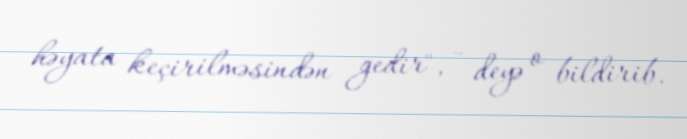
həyata keçirilməsindən gedir", - deyə o bildirib.